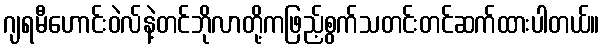
ဂျရမီဟောင်းဝဲလ်နဲ့တင်ဘိုလာတို့ကဖြည့်စွက်သတင်းတင်ဆက်ထားပါတယ်။